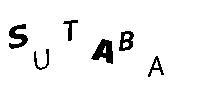
SUTABA